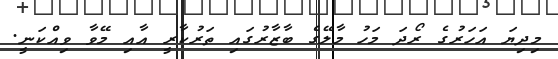
މިދިޔަ އަހަރުގެ ރޯދަ މަހު މާލޭގެ ބާޒާރުގައި ތަރުކާރީ އާއި މޭވާ ވިއްކަނީ.